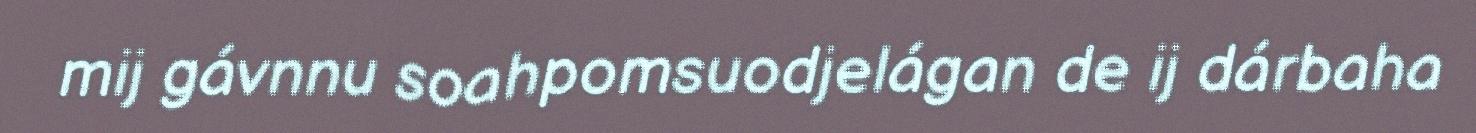
mij gávnnu soahpomsuodjelágan de ij dárbaha